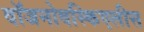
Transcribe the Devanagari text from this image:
वॉजनोवस्किएलीस